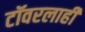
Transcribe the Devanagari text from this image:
टॉवरलाही